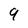
Character: 9